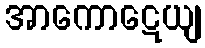
အာကောဋေယျ